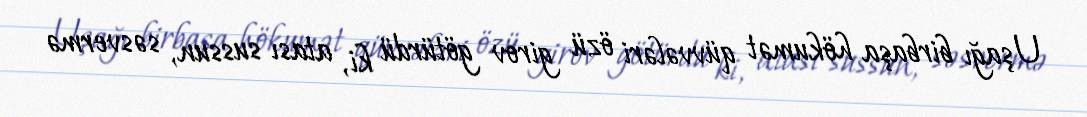
Uşağı birbaşa hökumət qüvvələri özü girov götürdü ki, atası sussun, səsvermə